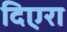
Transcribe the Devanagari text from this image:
दिएरा